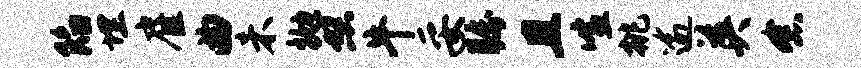
陷埋雇曲未抛照牛妥瞩且喧挑逾英念